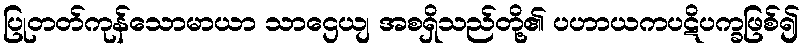
ပြုတတ်ကုန်သောမာယာ သာဌေယျ အစရှိသည်တို့၏ ပဟာယကပဋိပက္ခဖြစ်၍